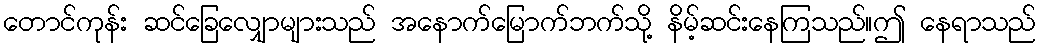
တောင်ကုန်း ဆင်ခြေလျှောများသည် အနောက်မြောက်ဘက်သို့ နိမ့်ဆင်းနေကြသည်။ဤ နေရာသည်